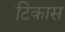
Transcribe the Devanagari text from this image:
टिकास